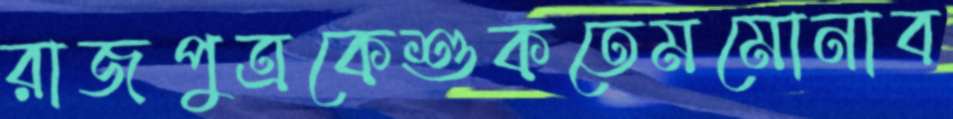
রাজপুত্রকেশুকতেমমোনাব